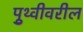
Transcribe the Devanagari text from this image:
पृुथ्वीवरील